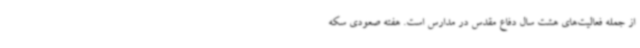
از جمله فعالیت‌های هشت سال دفاع مقدس در مدارس است. هفته صعودی سکه